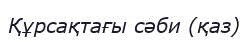
Құрсақтағы сәби (қаз)